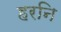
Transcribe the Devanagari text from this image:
हरनि